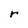
Character: r